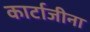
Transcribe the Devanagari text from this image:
कार्टाजीना